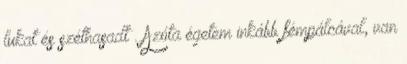
lukat és széthasadt . Azóta égetem inkább fémpálcával, van